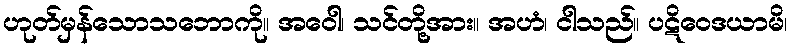
ဟုတ်မှန်သောသဘောကို။ အဝေါ၊ သင်တို့အား။ အဟံ၊ ငါသည်။ ပဋိဝေဒယာမိ၊